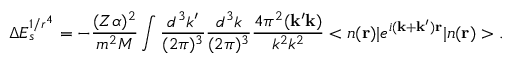
\Delta E _ { s } ^ { 1 / r ^ { 4 } } = - \frac { ( Z \alpha ) ^ { 2 } } { m ^ { 2 } M } \int \frac { d ^ { 3 } k ^ { \prime } } { ( 2 \pi ) ^ { 3 } } \frac { d ^ { 3 } k } { ( 2 \pi ) ^ { 3 } } \frac { 4 \pi ^ { 2 } ( { \bf k ^ { \prime } k } ) } { k ^ { 2 } k ^ { 2 } } < n ( { \bf r } ) | e ^ { i { \bf ( k + k ^ { \prime } ) r } } | n ( { \bf r } ) > .